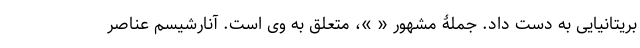
بریتانیایی به دست داد. جملۀ مشهور « »، متعلق به وی است. آنارشیسم عناصر